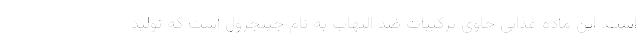
است. این ماده غذایی حاوی ترکیبات ضد التهاب به نام جینجرول است که تولید